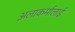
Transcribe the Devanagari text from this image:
अलाकर्मालाई